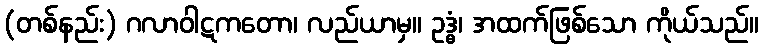
(တစ်နည်း) ဂလာဝါဋကတော၊ လည်ယာမှ။ ဥဒ္ဓံ၊ အထက်ဖြစ်သော ကိုယ်သည်။